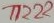
Text: 1222